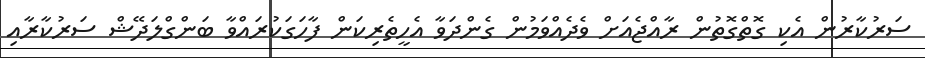
ސަރުކާރުން އެކި ގޮތްގޮތުން ރާއްޖެއަށް ވެދެއްވަމުން ގެންދަވާ އެހީތެރިކަން ފާހަގަކުރައްވާ ބަންގްލަދޭޝް ސަރުކާރާއި